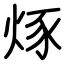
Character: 烼